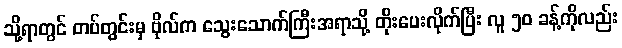
သို့ရာတွင် တပ်တွင်းမှ ဗိုလ်က သွေးသောက်ကြီးအရာသို့ တိုးပေးလိုက်ပြီး လူ ၅၀ ခန့်ကိုလည်း